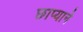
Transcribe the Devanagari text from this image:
छाप्याने